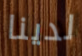
لدينا